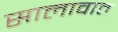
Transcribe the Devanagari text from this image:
सालावात